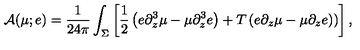
{ \cal A } ( \mu ; e ) = { \frac { 1 } { 2 4 \pi } } \int _ { \Sigma } \left[ { \frac { 1 } { 2 } } \left( e \partial _ { z } ^ { 3 } \mu - \mu \partial _ { z } ^ { 3 } e \right) + T \left( e \partial _ { z } \mu - \mu \partial _ { z } e ) \right) \right] ,